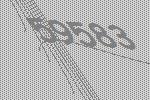
59583